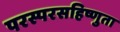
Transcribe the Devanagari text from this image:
परस्परसहिष्णुता